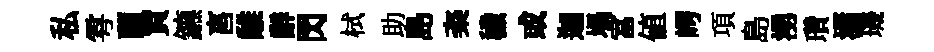
私雩蘭買鑣亯𩀌辭閃栻助島粢穢或迦塌富值崿項島湧瓚瀟璣